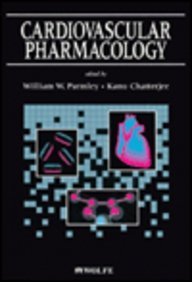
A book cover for Cardiovascular Pharmacology; William W., M.D. Parmley; Medical Books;